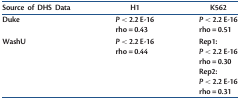
| Source of DHS Data | H1 | K562 |
 | --- | --- | --- |
 | <ROWSPAN=2> Duke | P < 2.2 E-16 | P < 2.2 E-16 |
 | rho = 0.43 | rho = 0.51 |
 | <ROWSPAN=6> WashU | P < 2.2 E-16 | Rep1: |
 | rho = 0.44 | P < 2.2 E-16 |
 |  | rho = 0.30 |
 |  | Rep2: |
 |  | P < 2.2 E-16 |
 |  | rho = 0.31 |